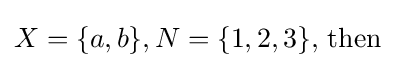
X=\{a,b\},N=\{1,2,3\}{\text{, then }}